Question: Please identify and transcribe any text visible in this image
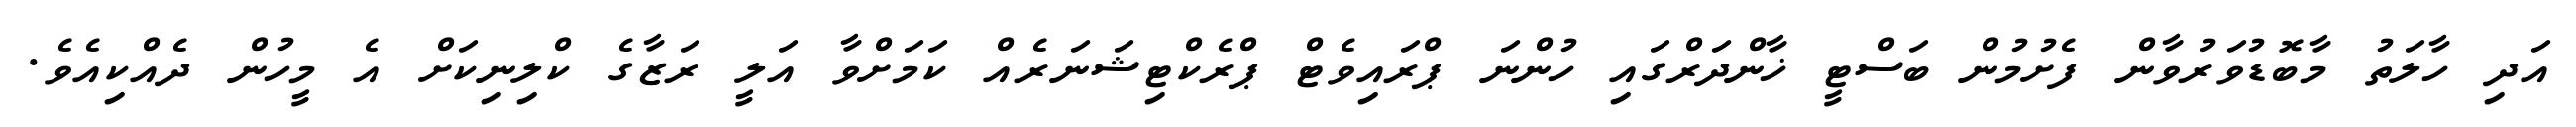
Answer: އަދި ހާލަތު މާބޮޑުވަރުވާން ފެށުމުން ބަސްޓީ ޚާންދަރްގައި ހުންނަ ޕްރައިވެޓް ޕްރެކްޓިޝަނަރެއް ކަމަށްވާ އަލީ ރަޒާގެ ކްލިނިކަށް އެ މީހުން ދެއްކިއެވެ.